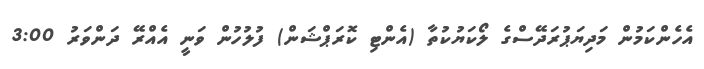
އެހެންކަމުން މަދިޔަޕުރަދޭސްގެ ލޯކަޔުކުތާ (އެންޓި ކޮރަޕްޝަން) ފުލުހުން ވަނީ އެއްރޭ ދަންވަރު 3:00